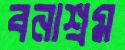
বনাশ্রম